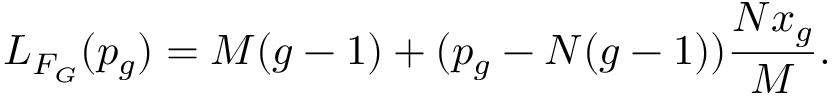
L _ { F _ { G } } ( p _ { g } ) = M ( g - 1 ) + ( p _ { g } - N ( g - 1 ) ) \frac { N x _ { g } } { M } .